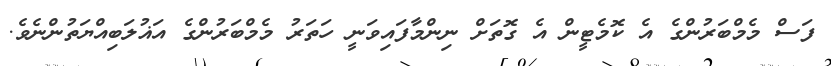
ފަސް މެމްބަރުންގެ އެ ކޮމެޓީން އެ ގޮތަށް ނިންމާފައިވަނީ ހަތަރު މެމްބަރުންގެ އަޣުލަބިއްޔަތުންނެވެ.